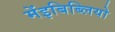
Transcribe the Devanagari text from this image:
मेंइबिब्लियो